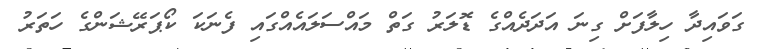
ގަވައިދާ ހިލާފަށް ގިނަ އަދަދެއްގެ ޑޮލަރު ގަތް މައްސަލައެއްގައި ފެނަކަ ކޯޕަރޭޝަންގެ ހަތަރު